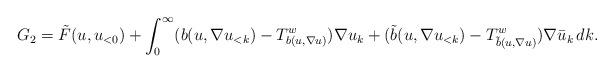
LaTeX: \begin{align*}G_2 =\tilde F(u, u_{<0}) + \int_0^\infty (b(u,\nabla u_{<k}) - T^w_{b(u,\nabla u)}) \nabla u_k + (\tilde b(u,\nabla u_{<k}) - T^w_{\tilde b(u,\nabla u)}) \nabla \bar u_k \, dk.\end{align*}